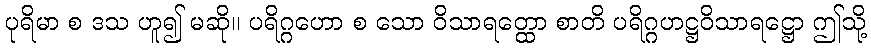
ပုရိမာ စ ဒသ ဟူ၍ မဆို။ ပရိဂ္ဂဟော စ သော ဝိသာရတ္ထော စာတိ ပရိဂ္ဂဟဋ္ဌဝိသာရဋ္ဌော ဤသို့